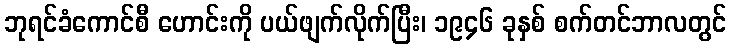
ဘုရင်ခံကောင်စီ ဟောင်းကို ပယ်ဖျက်လိုက်ပြီး၊ ၁၉၄၆ ခုနှစ် စက်တင်ဘာလတွင်